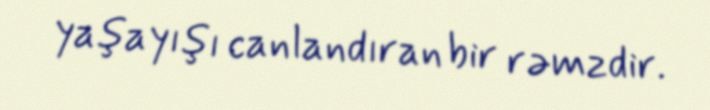
yaşayışı canlandıran bir rəmzdir.